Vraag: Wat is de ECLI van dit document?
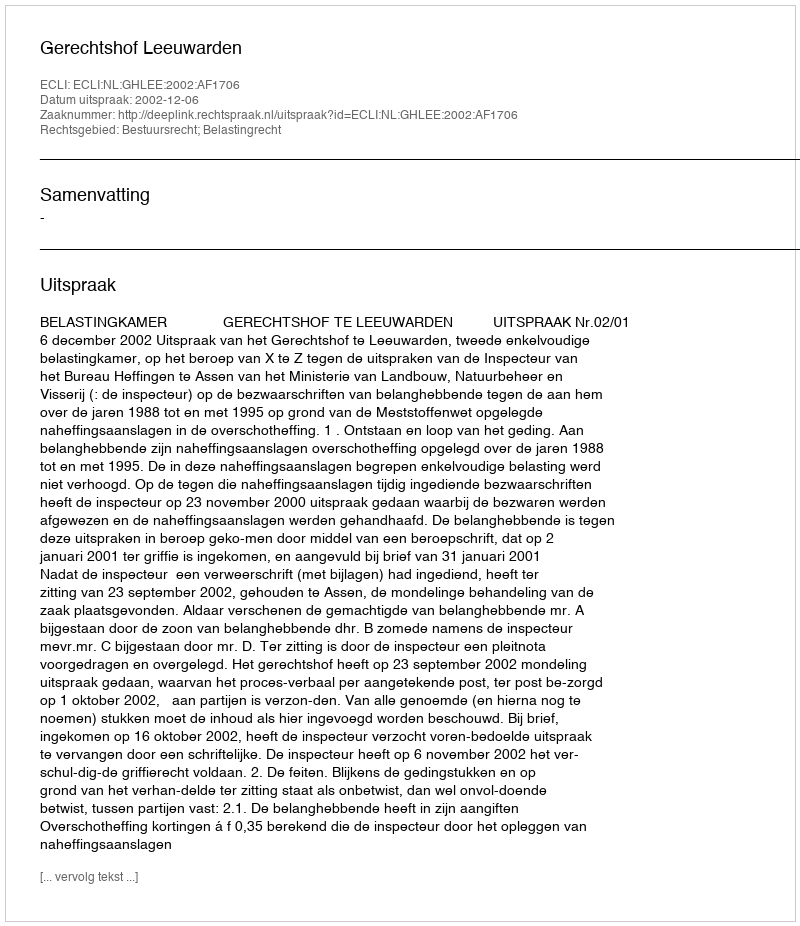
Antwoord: ECLI:NL:GHLEE:2002:AF1706